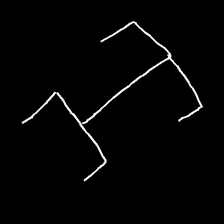
Glyph: entwine